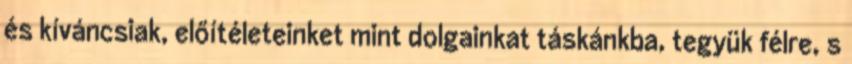
és kíváncsiak, előítéleteinket mint dolgainkat táskánkba, tegyük félre, s